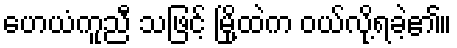
ဟေယံကူညီ သဖြင့် မြို့ထဲက ဝယ်လို့ရခဲ့၏။